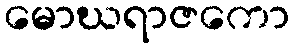
မောဃရာဇကော